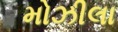
મોઝીલા